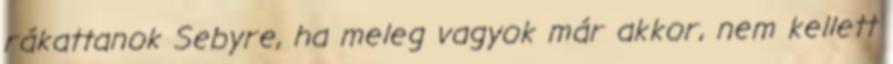
rákattanok Sebyre, ha meleg vagyok már akkor, nem kellett